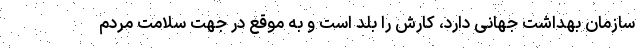
سازمان بهداشت جهانی دارد، کارش را بلد است و به موقع در جهت سلامت مردم